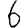
Digit: 6